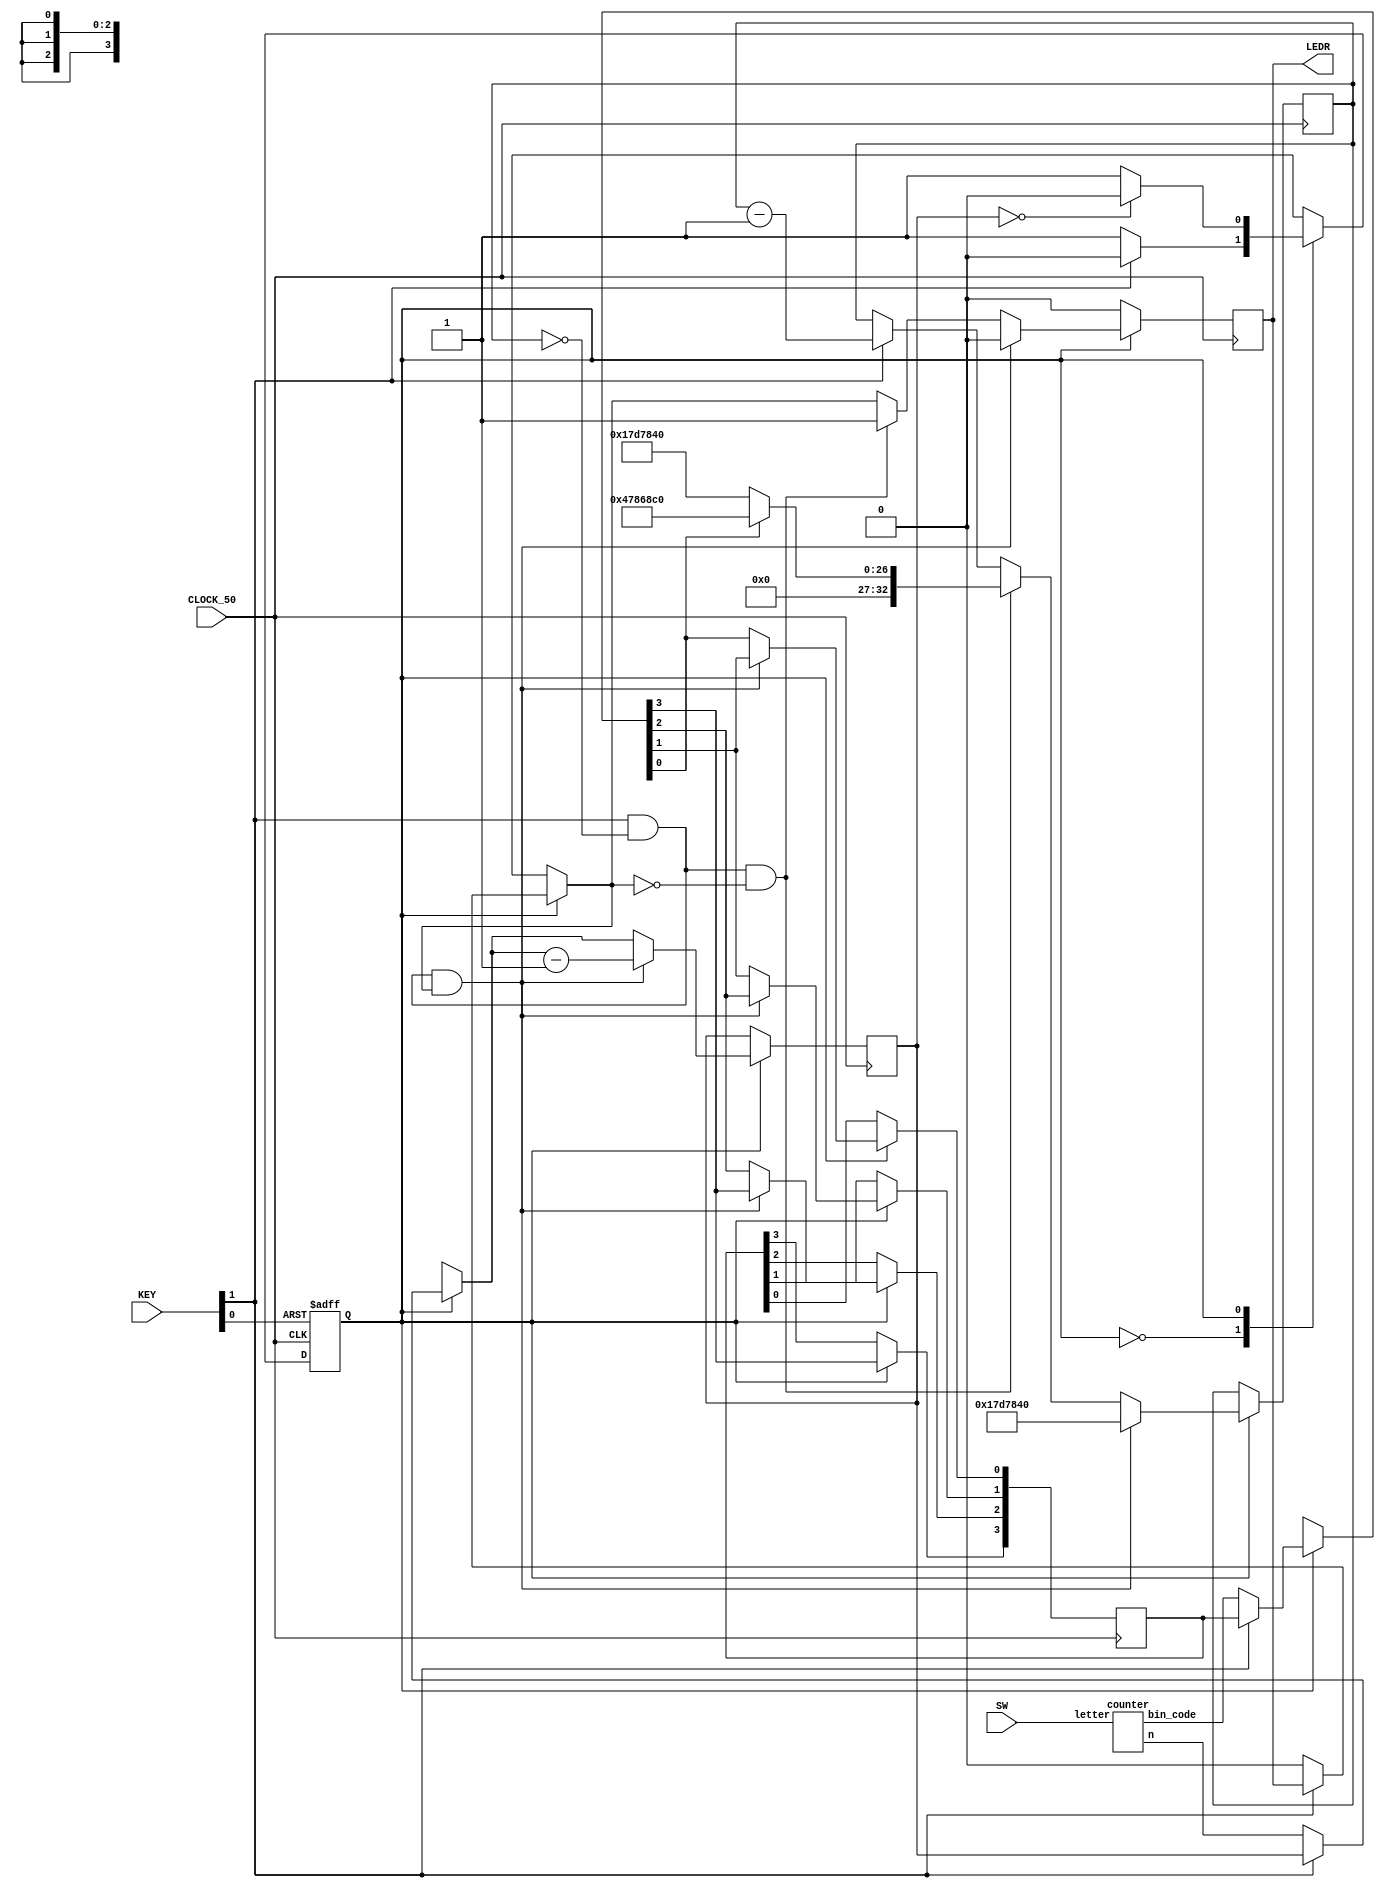
module part3(SW, CLOCK_50, KEY, LEDR);

	input [2:0] SW;
	input CLOCK_50;
	input [1:0] KEY;
	output reg [0:0] LEDR;

	reg y, Y;
	wire [2:0] n;
	reg [2:0] number;
	wire [3:0] bin_code; // converts dots and dashes to be fed into decoder
	reg [3:0] shift_reg;
	reg [3:0] k;
	reg [32:0] clock;
	initial clock= 0;
	
	
	// call the counter module to obtain number of dots/ dashes
	counter c1(SW[2:0], n, bin_code);
	
	always @(*)
		case(y)
			0: 
				if (!KEY[1])	//enable
					Y=1;
				else
					Y=0;
			1: 
			begin		// start shifting based on bin_code
				if (number == 0)
					Y=0;
				else
					Y=1;
			end
			default: Y=0;
		endcase
		

 //asynchronous FF assigns the next value
 always @(posedge CLOCK_50, negedge KEY[0])
	if (!KEY[0])	//reset
		y <= 0;
	else
		y <= Y;
		
always @ (posedge CLOCK_50) 
	begin
		if(y) 
			begin
				if(!KEY[1])		//enable
					begin
						LEDR[0] = 0;
						shift_reg= bin_code;
						number = n; // starting case= 0;
					end
				if( KEY[1] && clock == 0 && LEDR[0] == 1) 
					begin
						LEDR[0] =0;
						clock = 25000000; 
						number <= number -1;
						shift_reg [0] <= shift_reg [1];		// shift everything down
						shift_reg [1] <= shift_reg [2];
						shift_reg [2] <= shift_reg[3];
					end
				else if(KEY[1] && clock == 0 && LEDR[0] == 0) // indicates the 0.5 s break in between letters
					begin
						LEDR[0]= 1; //instant turn of the LED
						if (shift_reg[0] == 0) 
							begin
								clock= 25000000; // dot
							end
						else 
							begin
								clock= 75000000;   // dash
							end
					end
				else if (KEY[1]) // count down for the clock 
					clock <= clock -1;
			end
		else
			LEDR[0] = 0;
	end
endmodule


// Length counter
module counter(letter, n, bin_code);
	input [2:0] letter;
	output reg [2:0] n;
	output reg [3:0] bin_code;
	// dot= 0, dash= 1
	// right to left
	always @(*)
		case(letter)
			3'b000:
				begin
				n=2;  
				bin_code=0010;
				end
			3'b001:
				begin
				n=4;
				bin_code=0001;
				end
			3'b010:
				begin
				n=4;
				bin_code=0101;
				end
			3'b011:
				begin
				n=3;
				bin_code= 0001;
				end
			3'b100:
				begin
				n=1;
				bin_code= 0000;
				end
			3'b101:
				begin
				n=4;
				bin_code= 0100;
				end
			3'b110:
				begin
				n=3;
				bin_code= 0011;
				end
			3'b111:
				begin
				n=4;
				bin_code=0000;
				end
			default:
				begin
				n=0;
				bin_code= 0000;
				end
			endcase
endmodule